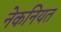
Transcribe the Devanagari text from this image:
नेकनियत